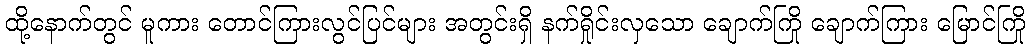
ထို့နောက်တွင် မူကား တောင်ကြားလွင်ပြင်များ အတွင်းရှိ နက်ရှိုင်းလှသော ချောက်ကြို ချောက်ကြား မြောင်ကြို